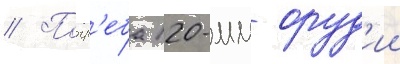
// Погр'еба 120-мм оруд'ии